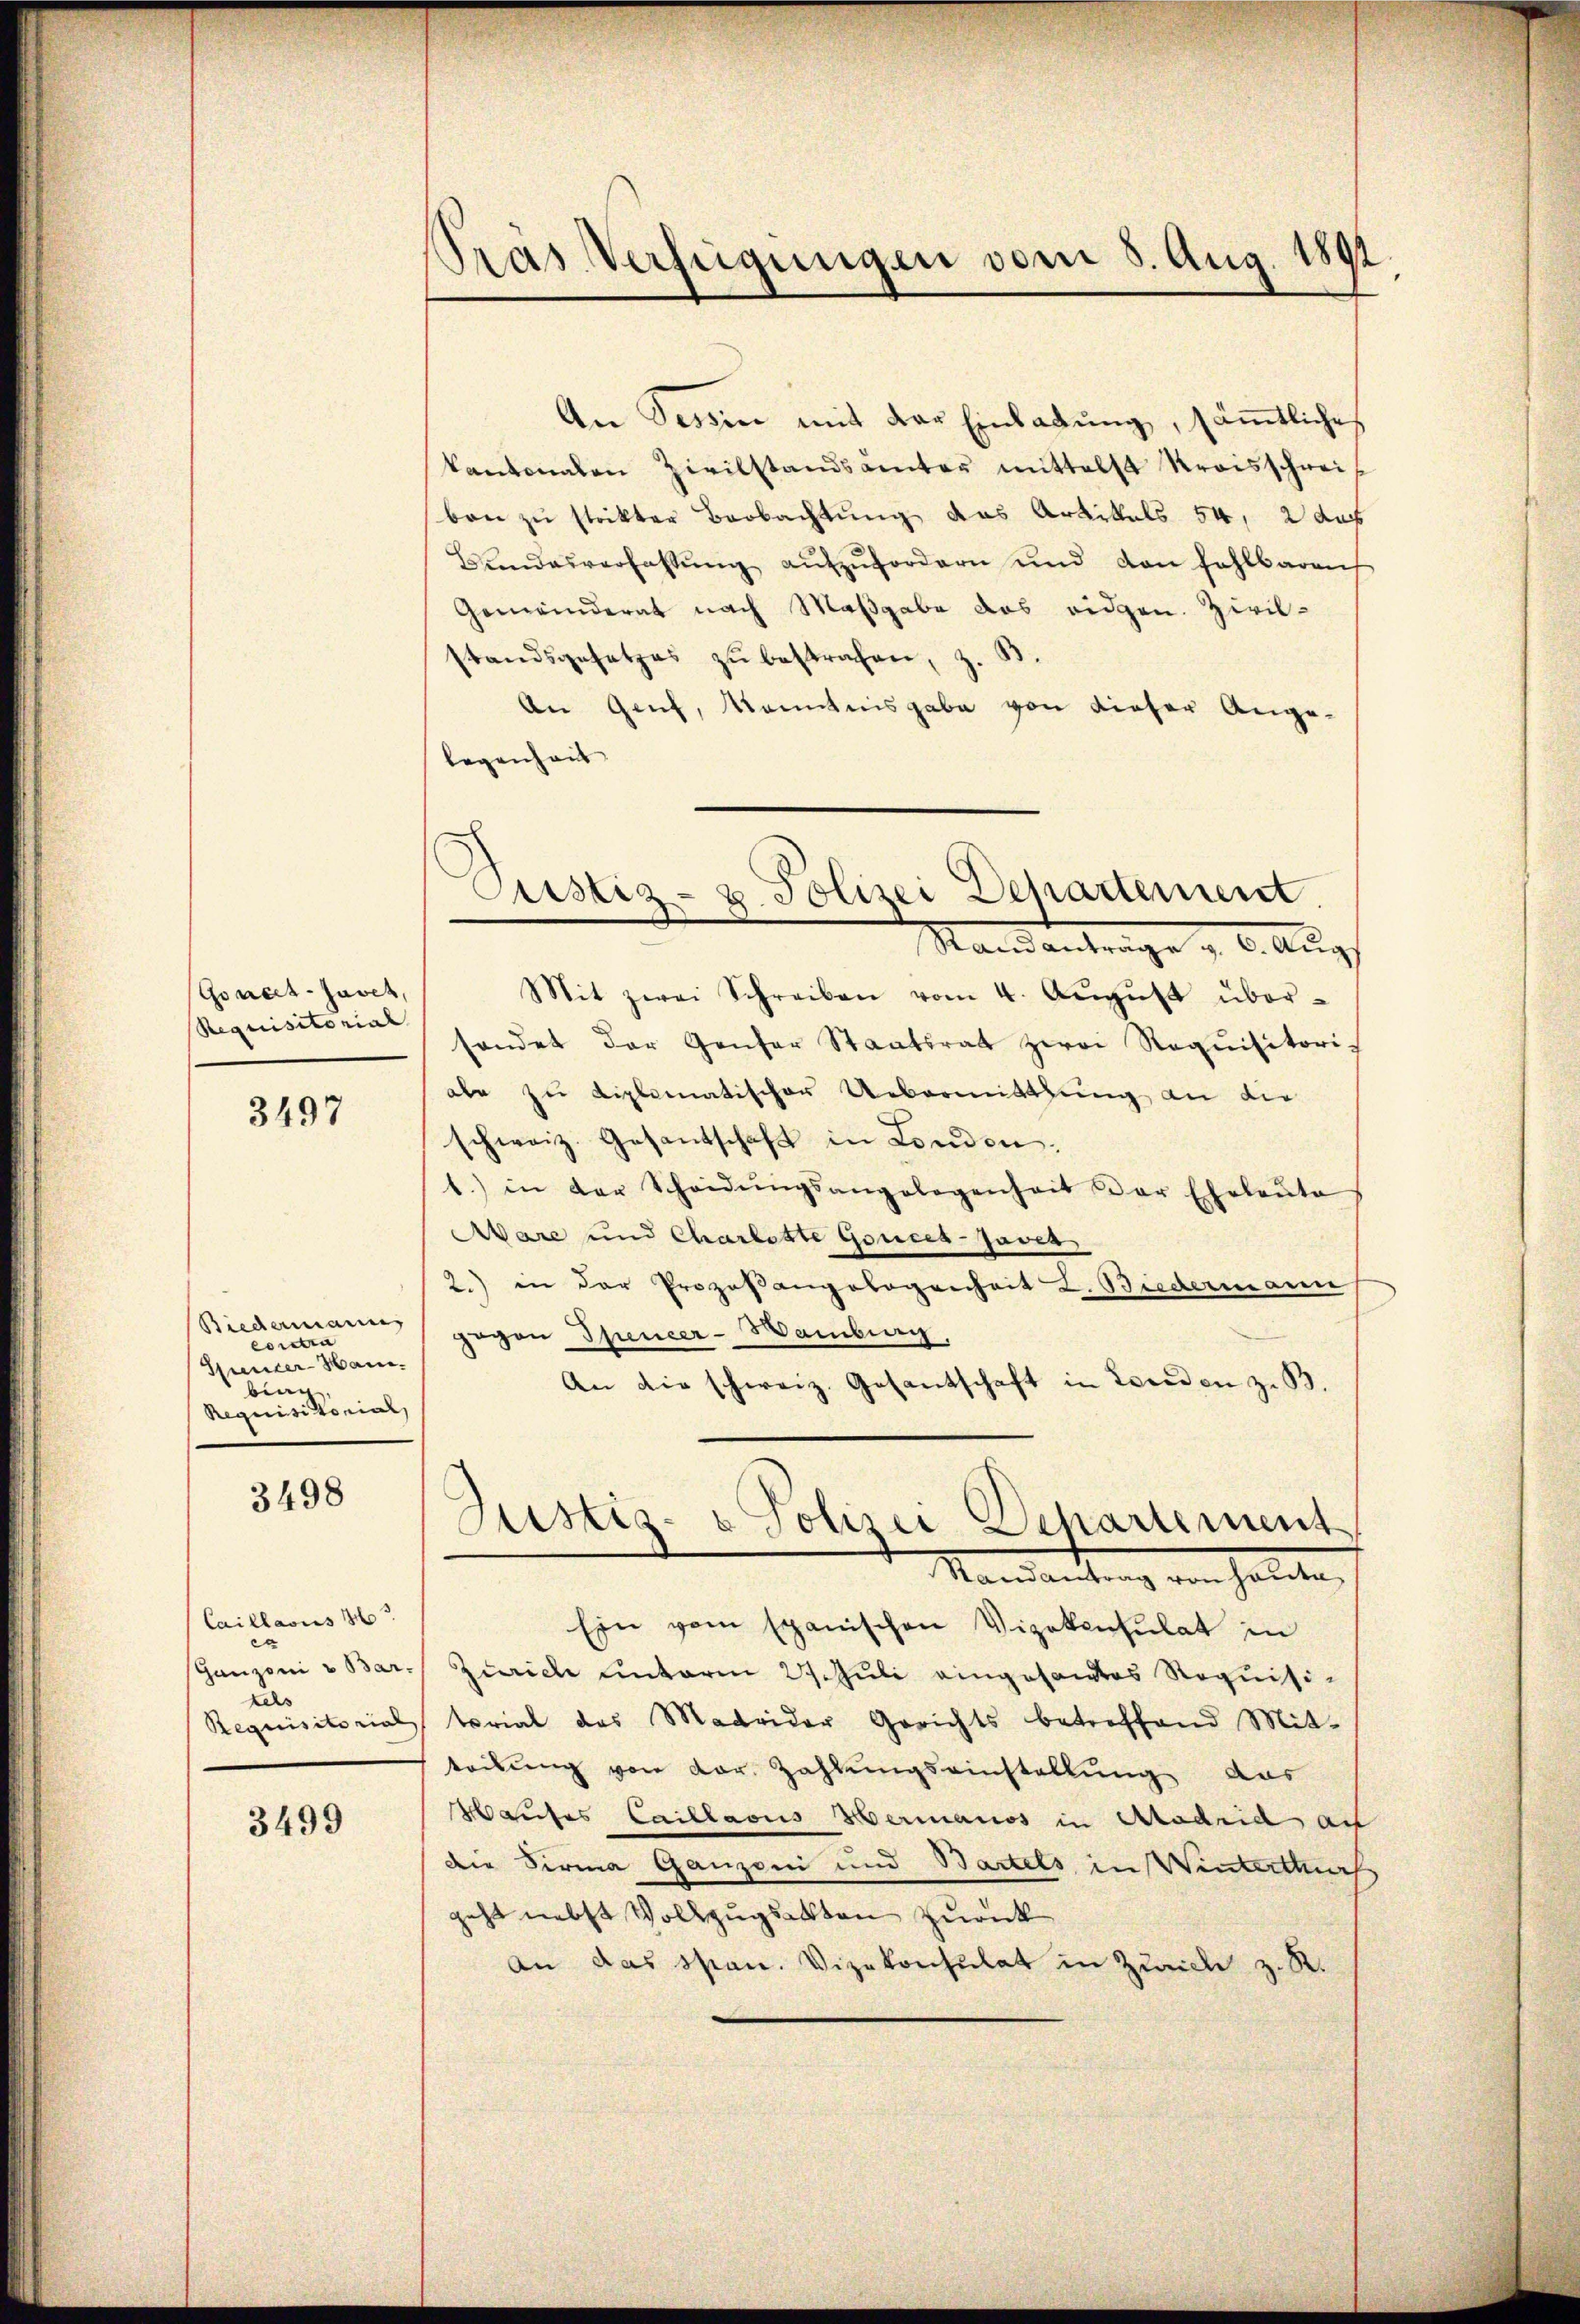
Goucet-Javet,
Requisitorial

3497

Biedermann
contra
Gunter-Han.
bing
Requisitorial,

3498

Caillaous
e
Ganzoni v. Bar-
kels
Requisitorial

3499

Pras Verfügungen vom 8. Aug. 1892

Justiz- & Polizei Departement
Standantrage z. B. Aug

An Tessin mit der Einladung, sämmtliche
kantonalen Zivilstandsämter mittelst Kreisschrei
ben zu strikter Beobachtung das Artikels 54, 2 das
Bŭndesverfassŭng aŭfzŭfordern und von fahlbaren
Gemeinderat nach Maßgabe das eidgen. Zivil-
standsgesetzes zŭ bestrafen, z. B.
An Genf, kanntnisgabe von dieser Ange-
legenheit
Mit zwei Schreiben vom 4. Aŭgŭst über-
sendet der Genfer Staatsrat zwei Requisitori-
ale zu Liplomatischer Uebermittlung an die
schweiz. Gesandschaft in London
1.) in der Scheidŭngsangelegenheit der Eheleŭte
Aare und Charlotte Gouces-Javer
2.) in der Prozeßangelegenheit L. Biedermann
gegen Spencer-Wamburg
An die schweiz. Gesantschaft in Eereden z. B.
Justiz- & Polizei Departement
Mandantung von hatten
Ein vom spanischen Vizekonsulat in
Zürich unterm 27. Juli eingesandtes Requisitorial das Madrider Gerichts betreffend Mit-
teibung von vor. Zahlungseinstellung aus
Wauses Caillacus Hermanos in Madrid au
Die Firma Ganzoni und Bartels in Winterttual
geht nebst Vollzugsakten zurück
An das Span. Vizekonsulat in Zürich z. R.